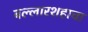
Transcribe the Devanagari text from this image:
बल्लारशहाचा